Sketch of the medical history of the native army of Bombay, for the year
Year: 1872
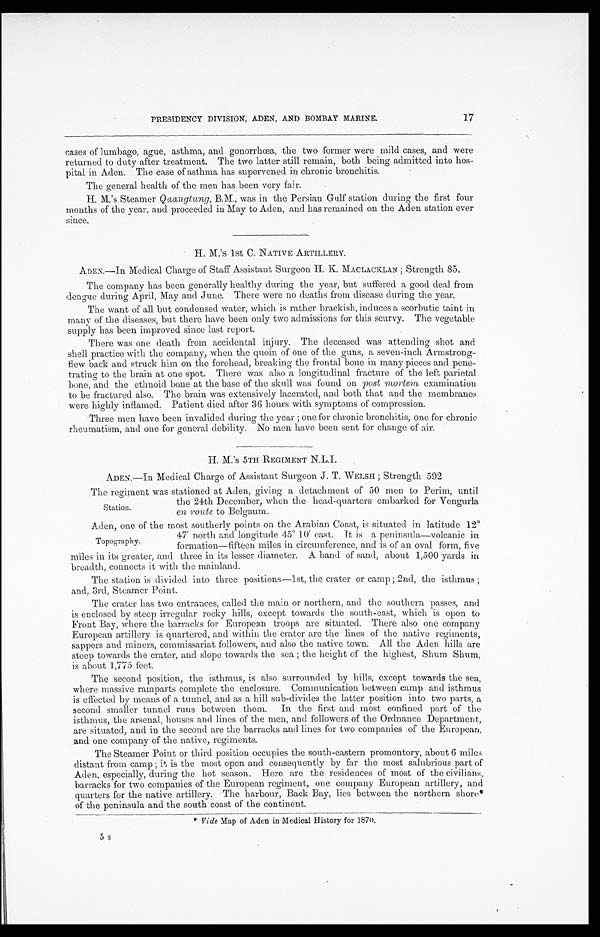
PRESIDENCY DIVISION, ADEN, AND BOMBAY MARINE.
17
casesof lumbago, ague, asthma, and gonorrhœa, the two former were mild cases, and were
returned to duty after treatment. The two latter still remain, both being admitted into hos-
pital in Aden. The case of asthma has supervened in chronic bronchitis.
The general health of the men has been very fair.
H. M.'s Steamer Quangtung , B.M., was in the Persian Gulf station during the first four
months of the year, and proceeded in May to Aden, and has remained on the Aden station ever
H. M.'s 1st C. NATIVE ARTILLERY.
ADEN.—In Medical Charge of Staff Assistant Surgeon H. K. MACLACKLAN ; Strength 85.
The company has been generally healthy during the year, but suffered a good deal from
dengue during April, May and June. There were no deaths from disease during the year.
The want of all but condensed water, which is rather brackish, induces a scorbutic taint in
many of the diseases, but there have been only two admissions for this scurvy. The vegetable
supply has been improved since last report.
There was one death from accidental injury. The deceased was attending shot and
shell practice with the company, when the quoin of one of the guns, a seven-inch Armstrong-
flew back and struck him on the forehead, breaking the frontal bone in many pieces and pene--
trating to the brain at one spot. There was also a longitudinal fracture of the left parietal
bone, and the ethnoid bone at the base of the skull was found on post mortem examination.
to be fractured also. The brain was extensively lacerated, and both that and the membranes
were highly inflamed. Patient died after 36 hours with symptoms of compression.
Three men have been invalided during the year ; one for chronic bronchitis, one for chronic
-rheumatism, and one for general debility. No men have been sent for change of air.
H. M.'s 5TH REGIMENT N.L.I.
ADEN.—In Medical Charge of Assistant Surgeon J. T. WELSH ; Strength 502
The regiment was stationed at Aden, giving a detachment of 50 men to Perim, until
the 24th December, when the head-quarters embarked for Vengurla
Station.
en
route to Belgaum.
Aden, one of the most southerly points on the Arabian Coast, is situated in latitude 12°4
7° north and longitude 45°10' east. It is a peninsula-volcanic in
Topography.
formation -fifteen miles in circumference, and is of an oval form,five
miles in its greater, and three in its lesser diameter. A bend of sand, about 1,500 yards in
breadh, connects it with the mainland.
The station is divided into three positions—lst, the crater or camp ; 2nd, the isthmus ;
and, 3rd, Steamer Point.
The crater has two entrances, called the main or northern, and the southern passes, and
is enclosed by steep irregular rocky hills, except towards the south-east, which is open to
Front Bay, where the barracks for European troops are situated. There also one company
European artillery is quartered, and within the crater are the lines of the native regiments,
sappers and miners, commissariat followers, and also the native town. All the Aden hills are
steep towards the crater, and slope towards the sea ; the height of the highest, Shum Shum,
is about 1,775 feet.
The second position, the isthmus, is also surrounded by hills, except towards the sea,
where massive ramparts complete the enclosure. Communication between camp and isthmus
is effected by means of a tunnel, and as a hill sub-divides the latter position into two parts, a
second smaller tunnel runs between them. In the first and most confined part of the
isthmus, the arsenal, houses and lines of the men, and followers of the Ordnance Department.,
are situated, and in the second are the barracks and lines for two companies .of the European,
and one company of the native, regiments.
The Steamer Point or third position occupies the south-eastern promontory, about 6 miles
distant from camp ; it is the most open and consequently by far the most salubrious part of
Aden, especially, during the hot season. Here are the residences of most of the civilians,
barracks for two companies of the European regiment, one company European artillery, and
quarters for the native artillery. The harbour, Back Bay, lies between the northern shore*
of the peninsula and the south coast of the continent.
Vide Map of Aden in Medical History for 1870.
5s